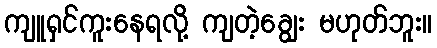
ကျူရှင်ကူးနေရလို့ ကျတဲ့ချွေး မဟုတ်ဘူး။